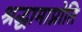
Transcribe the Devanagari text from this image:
श्रद्धामाप्नोति